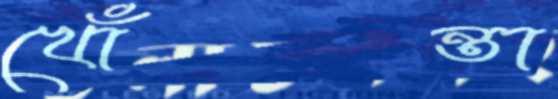
খোঁন্তা